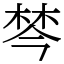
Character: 棽